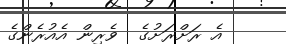
އެ ރަށްރަށުގެ  ވެރިން އެއުރެންގެ